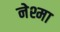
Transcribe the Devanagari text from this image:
नेश्मा